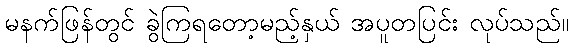
မနက်ဖြန်တွင် ခွဲကြရတော့မည့်နှယ် အပူတပြင်း လုပ်သည်။